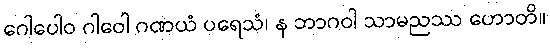
ဂေါပေါဝ ဂါဝေါ ဂဏယံ ပရေသံ၊ န ဘာဂဝါ သာမညဿ ဟောတိ။